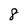
Character: 8